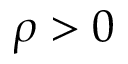
\rho > 0